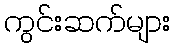
ကွင်းဆက်များ